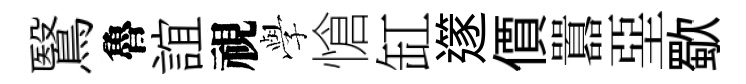
鷖魯誼視𫝯愴缸𨗹價囂堊歜